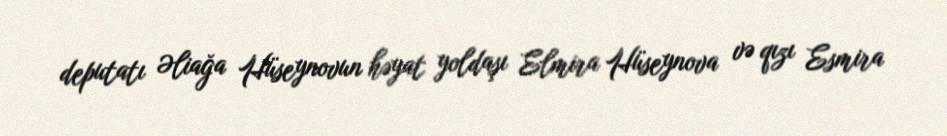
deputatı Əliağa Hüseynovun həyat yoldaşı Elmira Hüseynova və qızı Esmira